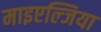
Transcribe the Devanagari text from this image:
माइएल्जिया